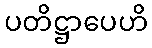
ပတိဋ္ဌာပေဟိ